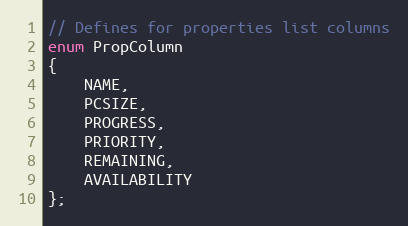
Language: C
// Defines for properties list columns
enum PropColumn
{
    NAME,
    PCSIZE,
    PROGRESS,
    PRIORITY,
    REMAINING,
    AVAILABILITY
};